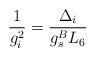
LaTeX: \begin{align*}\frac{1}{g_i^2} = \frac{\Delta_i}{g_s^B L_6}\end{align*}